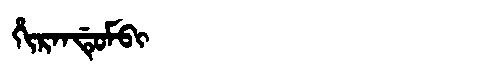
Manchu: ᡥᡳᡵᠠᠨᡩᡠᠮᠪᡳ
Romanization: HIRANDUMBI